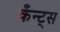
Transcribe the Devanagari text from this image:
कँन्ट्‌स